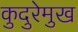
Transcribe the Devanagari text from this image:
कुदुरेमुख